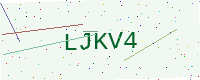
Text: LJKV4